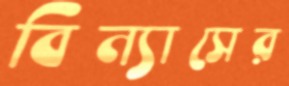
বিন্যাসের